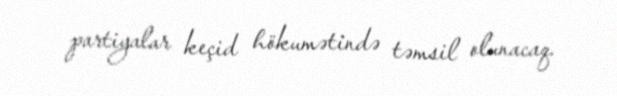
partiyalar keçid hökumətində təmsil olunacaq.